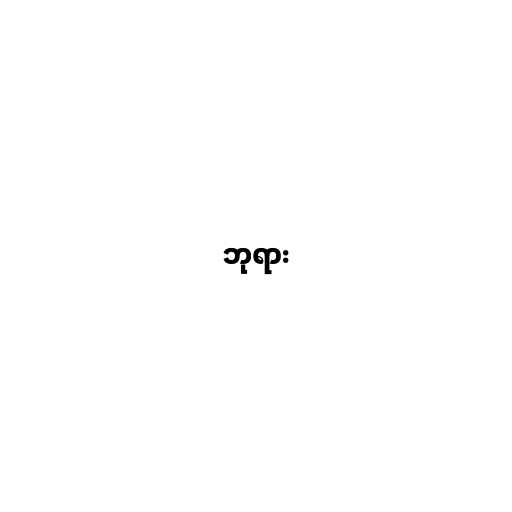
ဘုရား